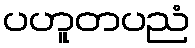
ပဟူတပညံ